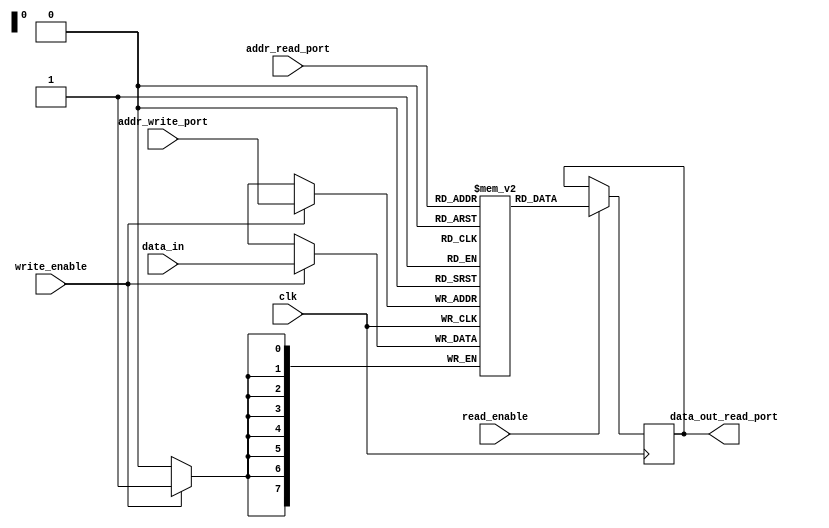
module dual_port_ram(
    input wire clk,
    input wire [7:0] addr_read_port,
    input wire [7:0] addr_write_port,
    input wire read_enable,
    input wire write_enable,
    input wire [7:0] data_in,
    output reg [7:0] data_out_read_port
);

reg [7:0] memory [0:255];

always @(posedge clk) begin
    if(write_enable) begin
        memory[addr_write_port] <= data_in;
    end
end

always @(posedge clk) begin
    if(read_enable) begin
        data_out_read_port <= memory[addr_read_port];
    end
end

endmodule